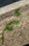
ثم